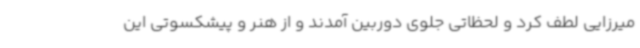
میرزایی لطف کرد و لحظاتی جلوی دوربین آمدند و از هنر و پیشکسوتی این